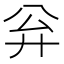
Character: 𪪳